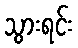
သွားရင်း